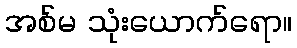
အစ်မ သုံးယောက်ရော။